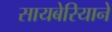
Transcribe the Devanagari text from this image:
सायबेरियाने